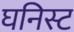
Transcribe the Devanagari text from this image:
घनिस्ट